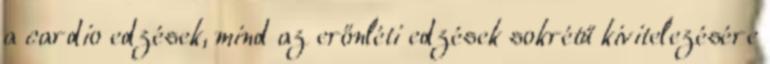
a cardio edzések, mind az erőnléti edzések sokrétű kivitelezésére